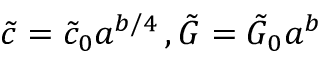
\tilde { c } = \tilde { c } _ { 0 } a ^ { b / 4 } \, , \tilde { G } = \tilde { G } _ { 0 } a ^ { b }